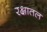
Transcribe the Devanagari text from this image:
रक्षातल